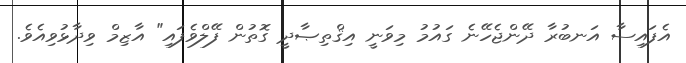
އެފައިސާ އަނބުރާ ދޭންޖެހޭނެ ގައުމު މިވަނީ އިޤްތިޞާދީ ގޮތުން ފޭލްވެފައި" އާޒިމް ވިދާޅުވިއެވެ.